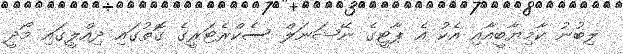
ލިބުނު ކާމިޔާބީއާއި އެކު އެ ޕާޓީގެ ނޭޝަނަލް ސެކްރެޓަރީގެ ގޮތުގައި ދިއްލީގައި މޯދީ